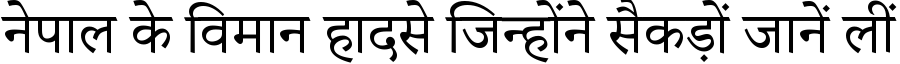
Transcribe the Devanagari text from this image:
नेपाल के विमान हादसे जिन्होंने सैकड़ों जानें लीं